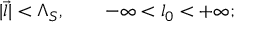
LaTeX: | \overrightarrow { l } | < \Lambda _ { S } , \qquad - \infty < l _ { 0 } < + \infty ;